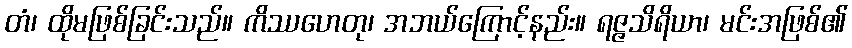
တံ၊ ထိုမဖြစ်ခြင်းသည်။ ကိဿဟေတု၊ အဘယ်ကြောင့်နည်း။ ရဇ္ဇသိရိယာ၊ မင်းအဖြစ်၏